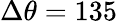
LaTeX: \Delta\theta=135